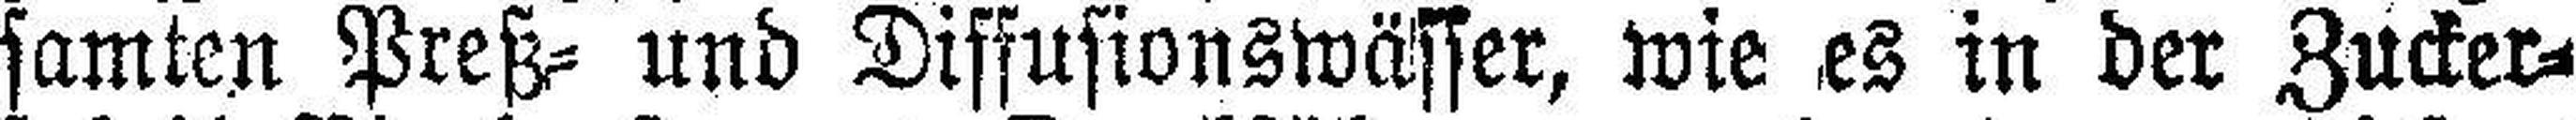
samten Preß- und Diffusionswässer, wie es in der Zucker¬